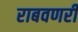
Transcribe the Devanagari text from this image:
राबवणरी